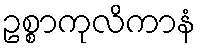
ဥစ္စာကုလိကာနံ